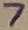
Text: 7